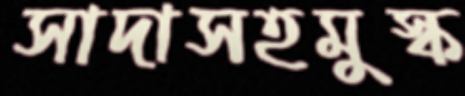
সাদাসহমুস্ক